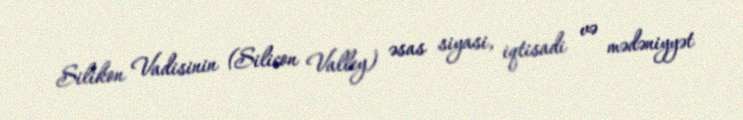
Silikon Vadisinin (Silicon Valley) əsas siyasi, iqtisadi və mədəniyyət